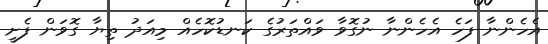
އެހެންނާ ފަހެ އެހެންނާ ނުގޮވާ ވައްތަރުގެ ކަނޑުކޮހެއް މިއަދު ތިޔާ ގޮވަން ފެށީ